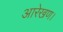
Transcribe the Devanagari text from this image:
आरेखण।